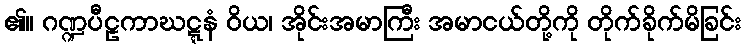
၏။ ဂဏ္ဍပီဠကာဃဋ္ဋနံ ဝိယ၊ အိုင်းအမာကြီး အမာငယ်တို့ကို တိုက်ခိုက်မိခြင်း